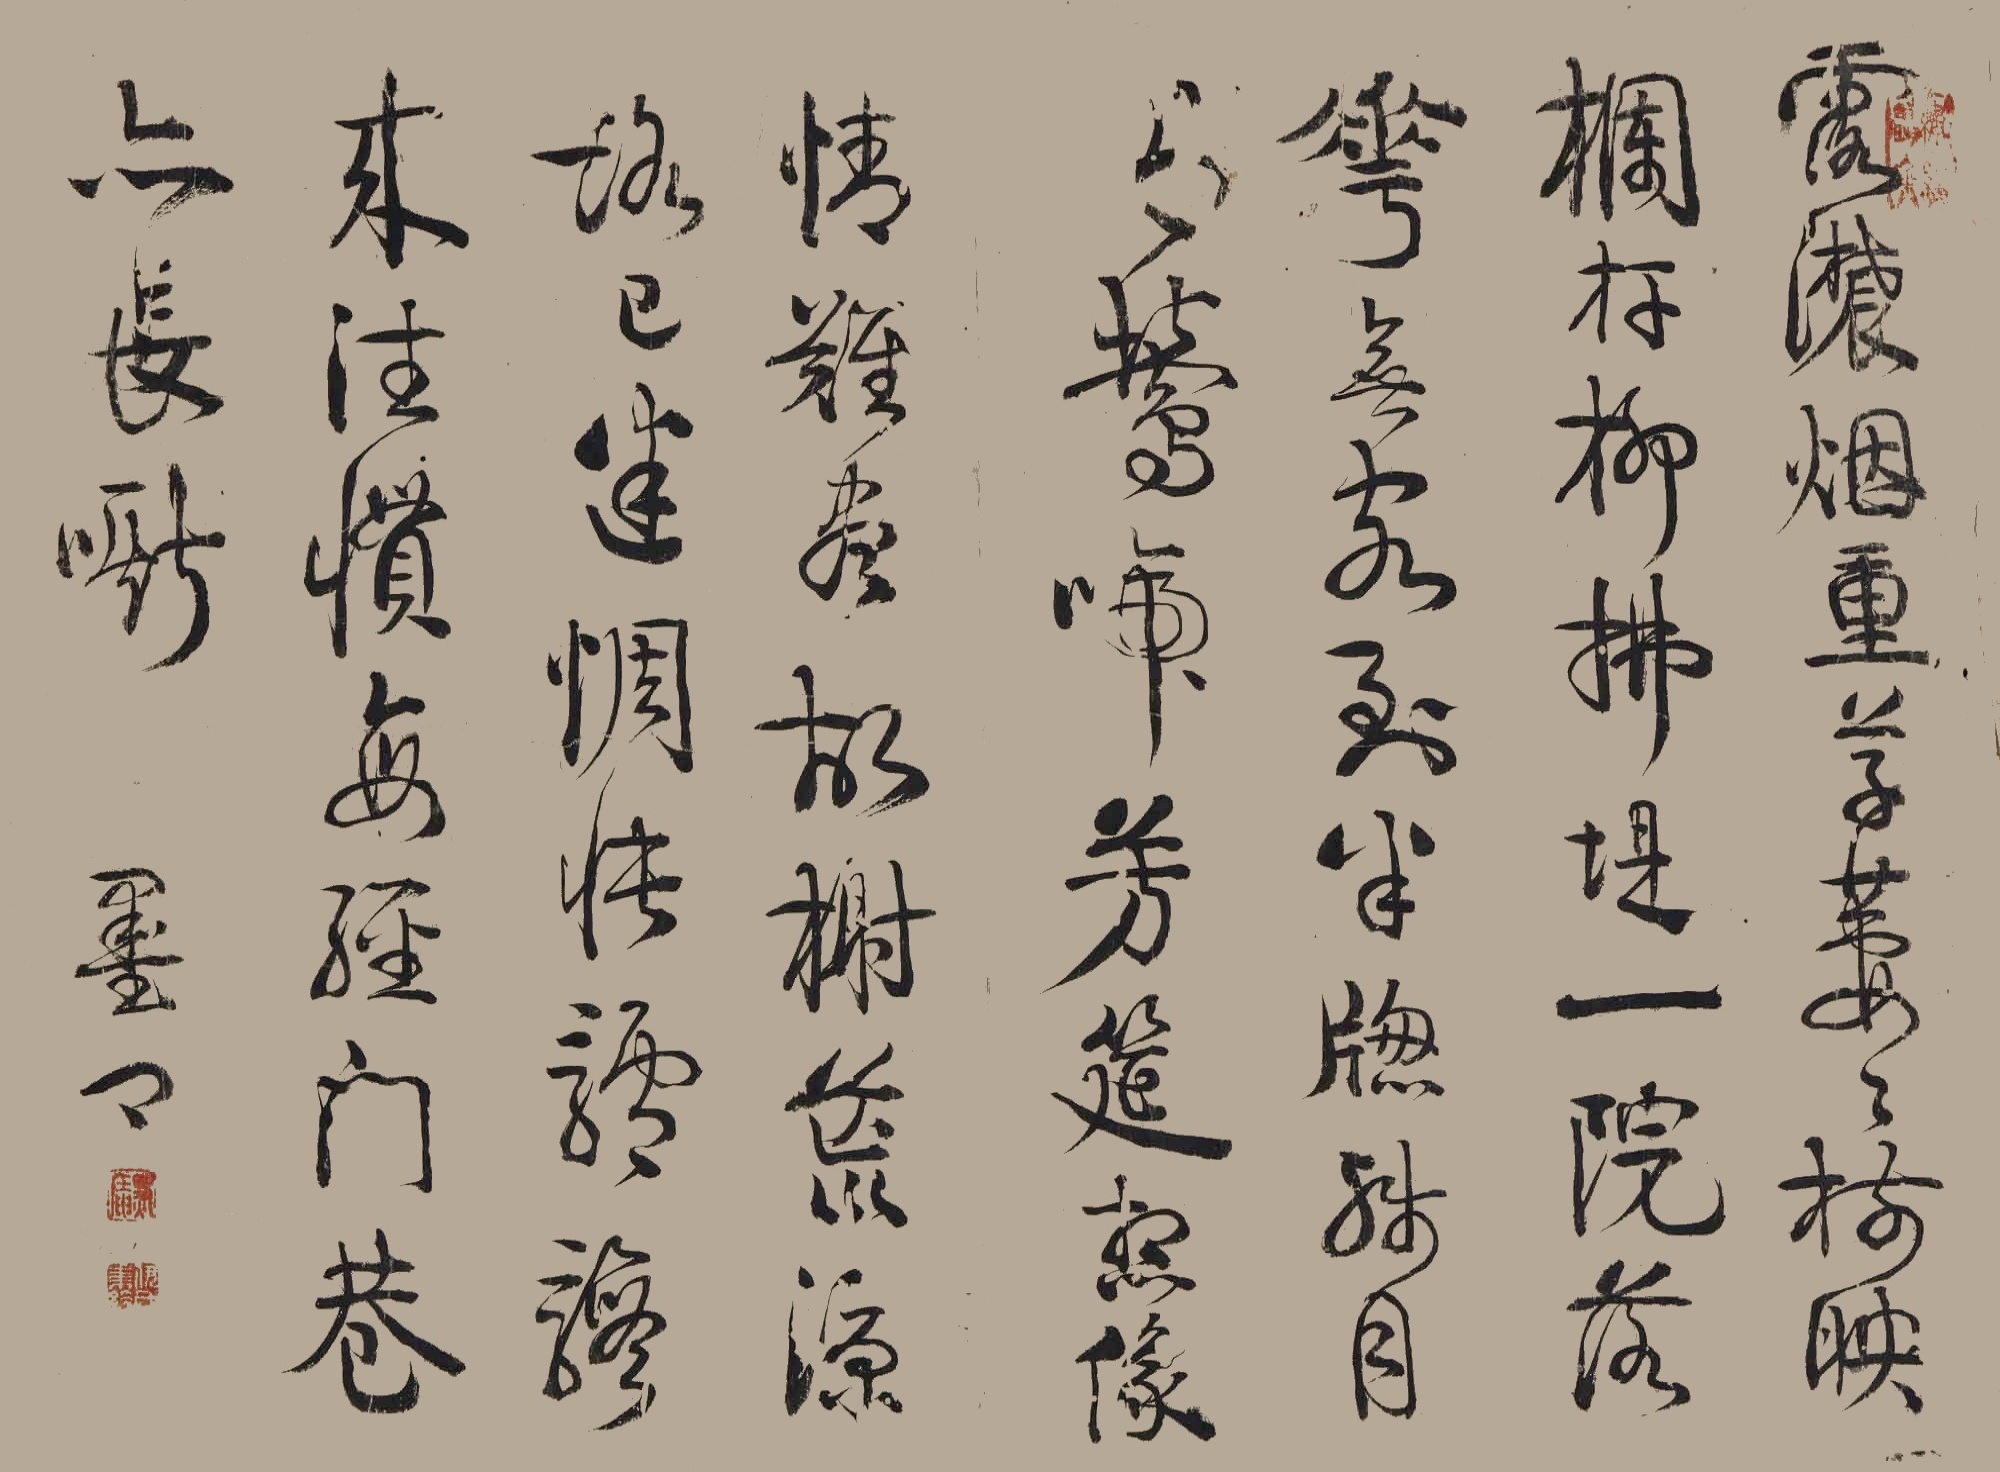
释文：浓烟重草萋萋,树映阑干柳拂堤。一院落花无客醉,五更残月有莺啼。芳筵想像情难尽,故榭荒凉路已迷。惆怅羸骖往来惯,每经门巷亦长嘶。墨卿。